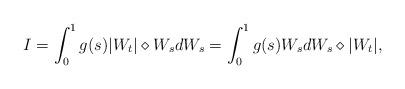
LaTeX: \begin{align*}I=\int_{0}^{1} g(s)|W_t|\diamond W_s dW_s = \int_{0}^{1} g(s)W_s dW_s \diamond |W_t|,\end{align*}